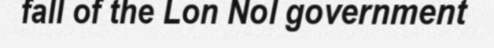
fall of the Lon Nol government